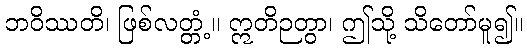
ဘဝိဿတိ၊ ဖြစ်လတ္တံ့။ ဣတိဉတွာ၊ ဤသို့ သိတော်မူ၍။